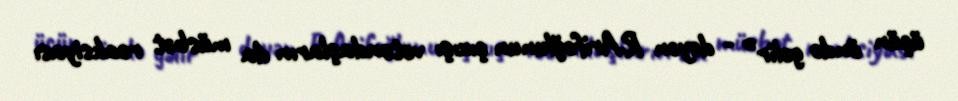
üçün öndə gəlir” - deyən R.Arifoğlunun çıxışı vətəndaşların da müsbət reaksiyası